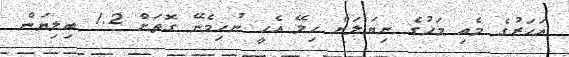
އަހަރުގެ މެއި މަހުގެ ނިޔަލަށް ހިލޭ އެހީ ނުހިމެނޭ ގޮތަށް 1.2 ބިލިޔަން